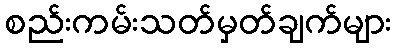
စည်းကမ်းသတ်မှတ်ချက်များ